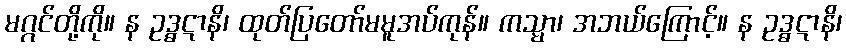
မဂ္ဂင်တို့ကို။ န ဥဒ္ဓဋာနိ၊ ထုတ်ပြတော်မမူအပ်ကုန်။ ကသ္မာ၊ အဘယ်ကြောင့်။ န ဥဒ္ဓဋာနိ၊